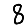
Digit: 8